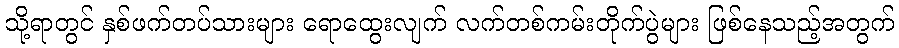
သို့ရာတွင် နှစ်ဖက်တပ်သားများ ရောထွေးလျက် လက်တစ်ကမ်းတိုက်ပွဲများ ဖြစ်နေသည့်အတွက်